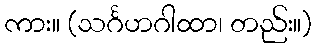
ကား။ (သင်္ဂဟဂါထာ၊ တည်း။)